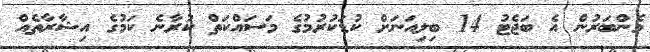
މެންބަރުން އެ ބަޖެޓު 14 ބިލިއަނަށް ކުޑަކުރުމުގެ މަސައްކަތް ކުރާނެ ކަމުގެ އިޝާރާތެއް